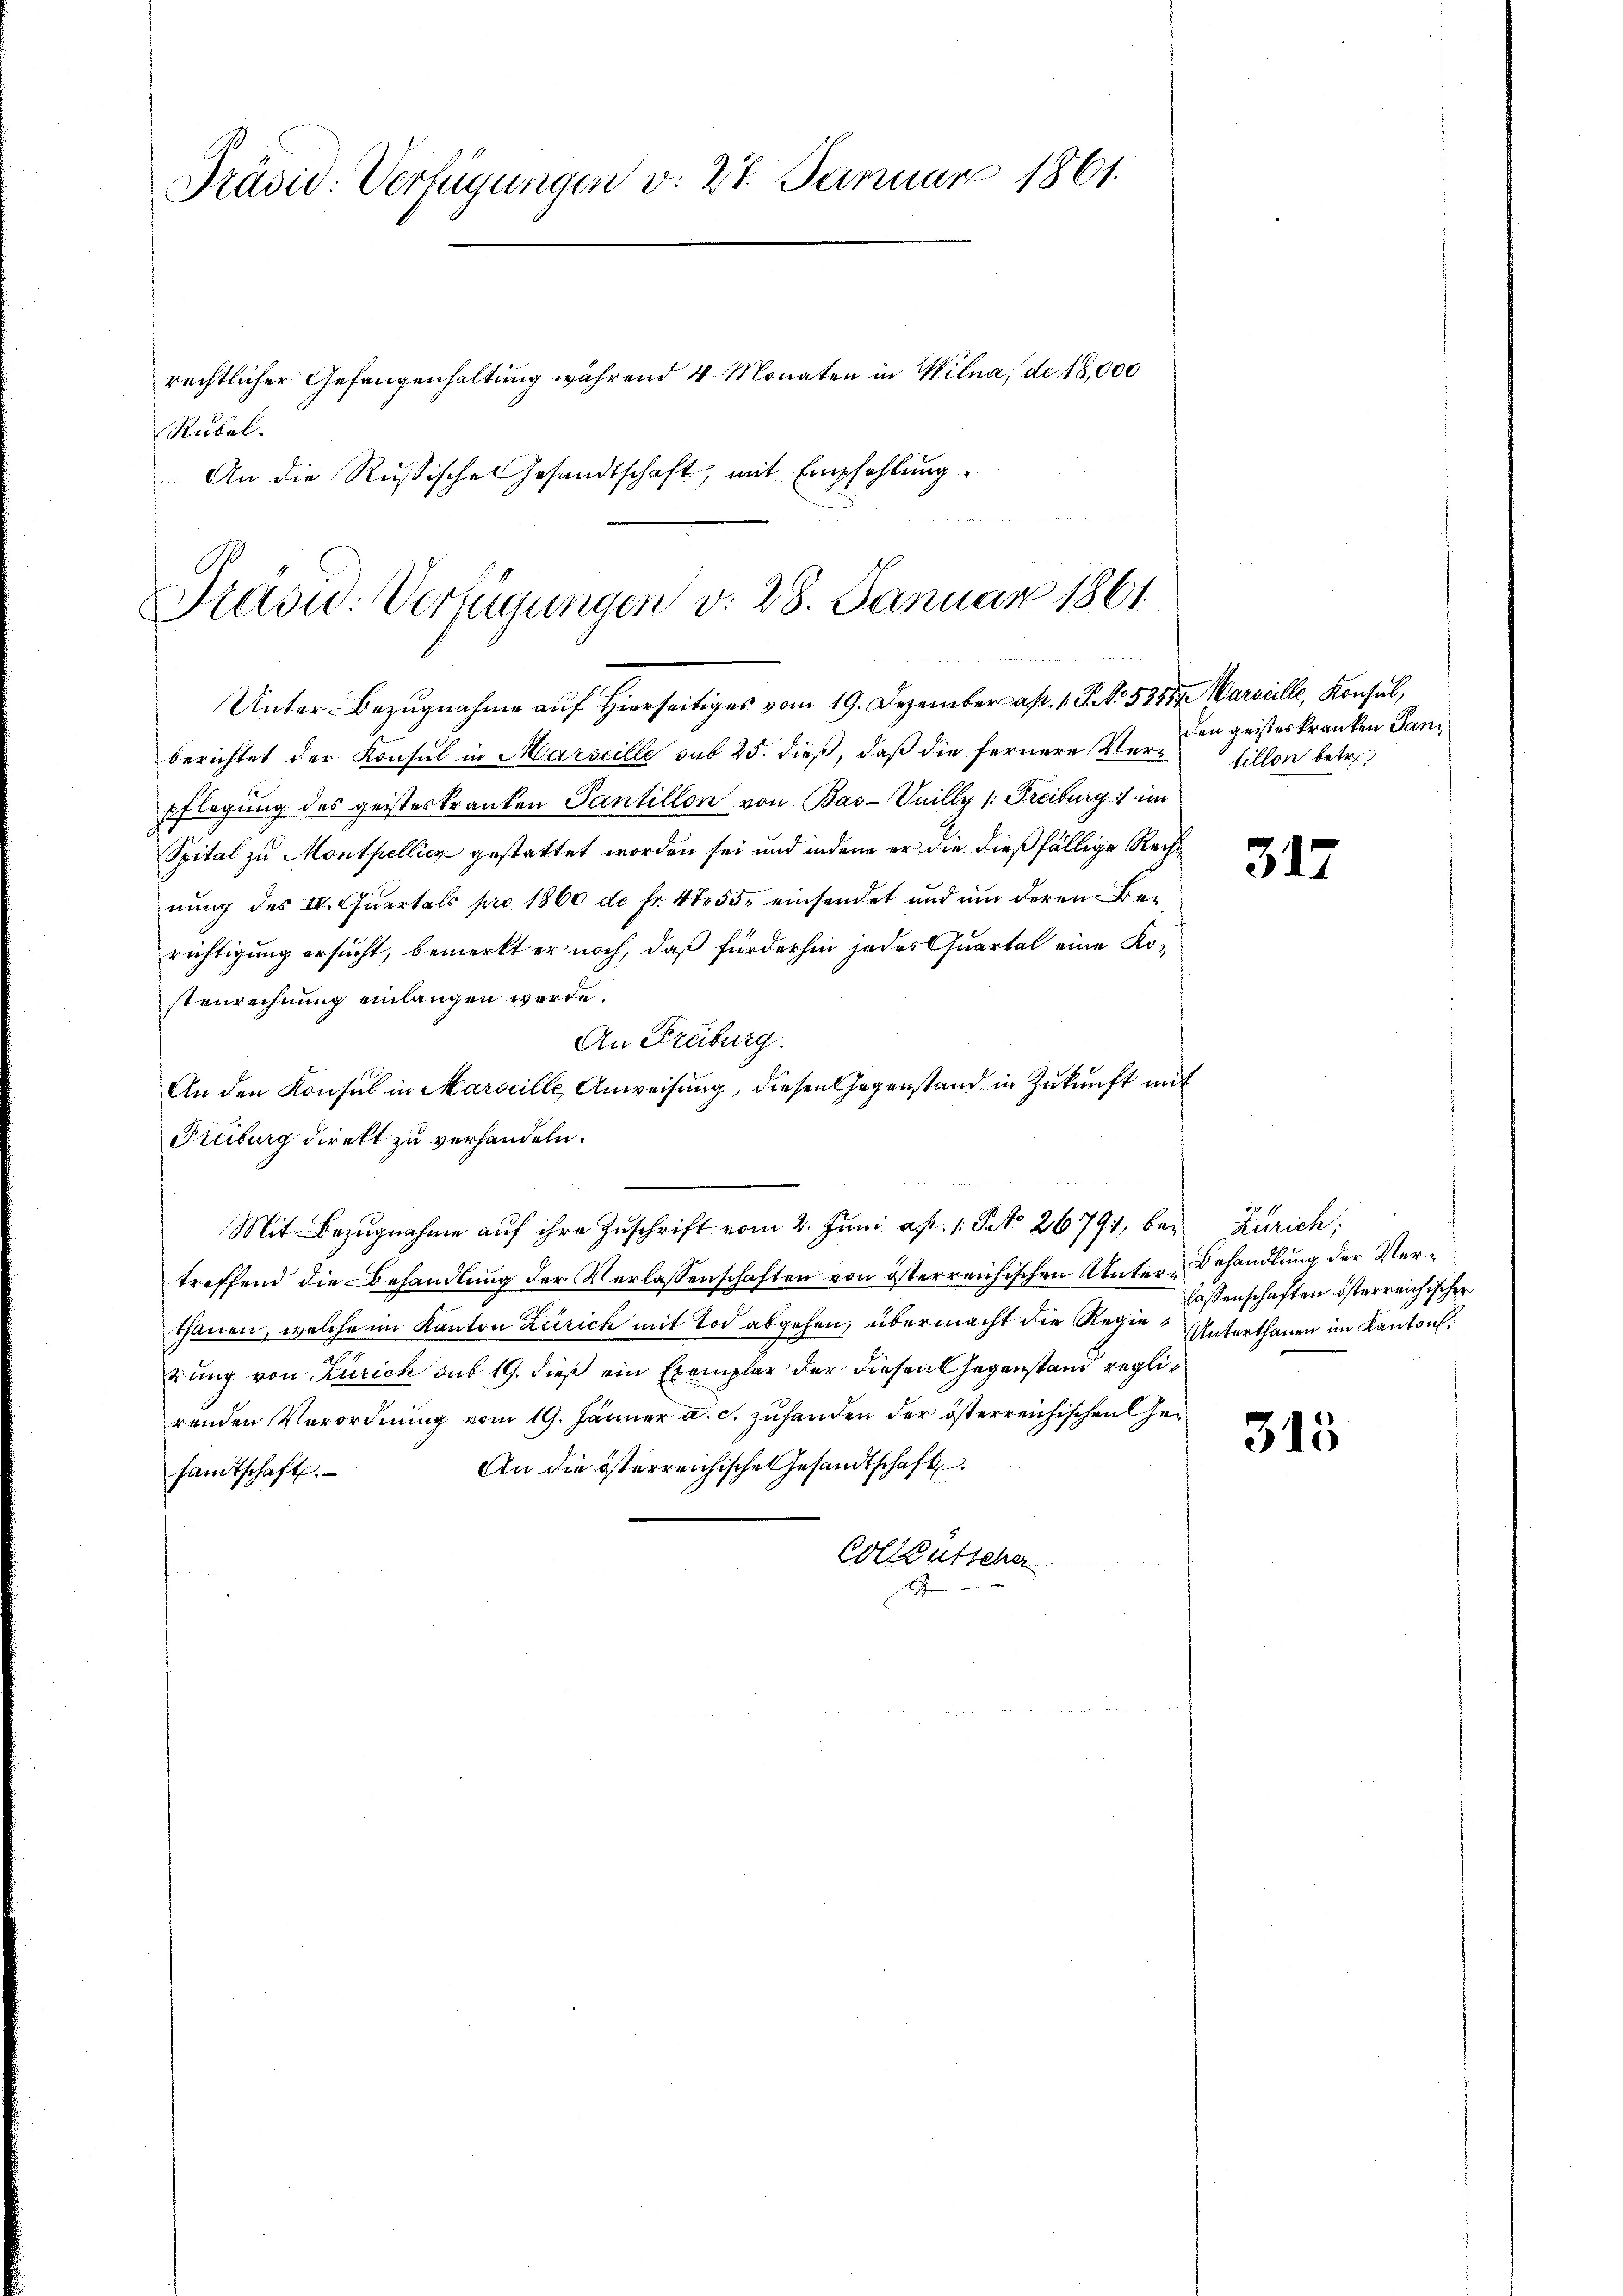
Präsid. Verfügungen v. 27. Januar 1861.
rechtlicher Gefangenhaltung während 4 Monaten in Wilna, de 18,000
Rubel.
 An die Rußische Gesandtschaft, mit Empfehlung.
4

Präsid. Verfügungen v. 28. Januar 1861.
Unter Bezugnahme auf Hierseitiges vom 19. Dezember cap. 1. P. NNo. 5388. Marseille, Konsul,

berichtet der Konsul in Marseille sub 25. dieß, daß die fernere Verpflegung des geisteskranken Tantillon von Bas-Inilly v. Freiburg im
Spital zu Monthellien gestattet worden sei und indem er die dießfällige Rechnung des II. Quartals pro 1860 d. fr. 455. einsendet und um deren Beirichtigung ersucht, bemerkt er noch, daß fürderhin jedes Quartal eine Köstenrechnung einlangen werde.
An Freiburg.
An den Konsul in Marseille Anweisung, diesen Gegenstand in Zukunft mit
Freiburg direkt zu verhandeln.
Mit Bezŭgnahme aŭf ihre Zuschrift vom 2. Juni a p. 1. Peto 26791, bei Zürich;
treffend die Behandlung der Verlassenschaften von österreichischen Unter Behandlung der Verthanen, welche im Kanton Zürich mit Tod abgehen, übermacht die Regie Unterthanen im Kanton
rung von Zürich sub 19. dieß ein Exemplar der diesen Gegenstand reglirenden Verordnung vom 19. Jänner a. c. zuhanden der österreichischen Ge¬
An die österreichische Gesandtschaft
sandtschaft.
Colleutscha
s
x

den geisteskranken Pansillon betre

317

lassenschaften österreichischer

315